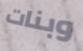
وبنات